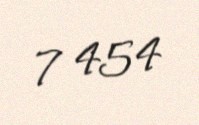
7 454